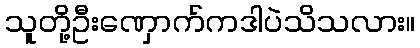
သူတို့ဦးဏှောက်ကဒါပဲသိသလား။